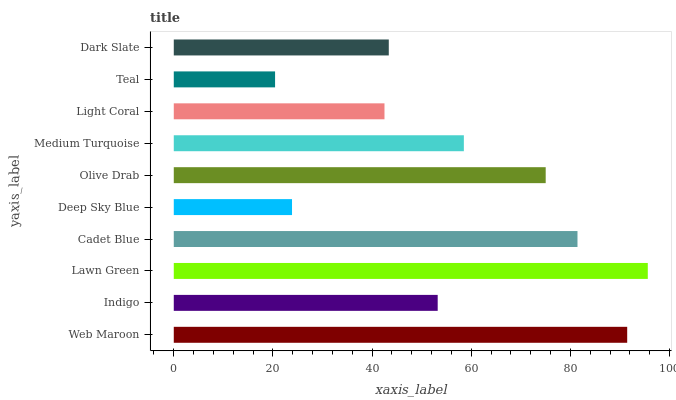
| yaxis_label | bars |
 | --- | --- |
 | Web Maroon | 91.5 |
 | Indigo | 53.2 |
 | Lawn Green | 95.6 |
 | Cadet Blue | 81.4 |
 | Deep Sky Blue | 23.9 |
 | Olive Drab | 75 |
 | Medium Turquoise | 58.5 |
 | Light Coral | 42.5 |
 | Teal | 20.4 |
 | Dark Slate | 43.4 |